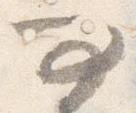
問